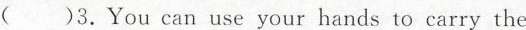
()3.You can use your hands to carry the